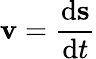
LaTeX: {\textbf{v}}={\frac{\mathrm{d}{\textbf{s}}}{\mathrm{d}t}}